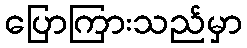
ပြောကြားသည်မှာ